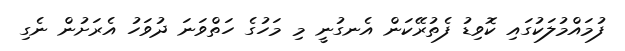
ފުމައްމުލަކުގައި ކޮވިޑު ފެތުރޭކަން އެނގުނީ މި މަހުގެ ހަތްވަނަ ދުވަހު އެރަށުން ނެގި